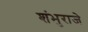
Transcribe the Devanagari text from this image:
शंभुराजे